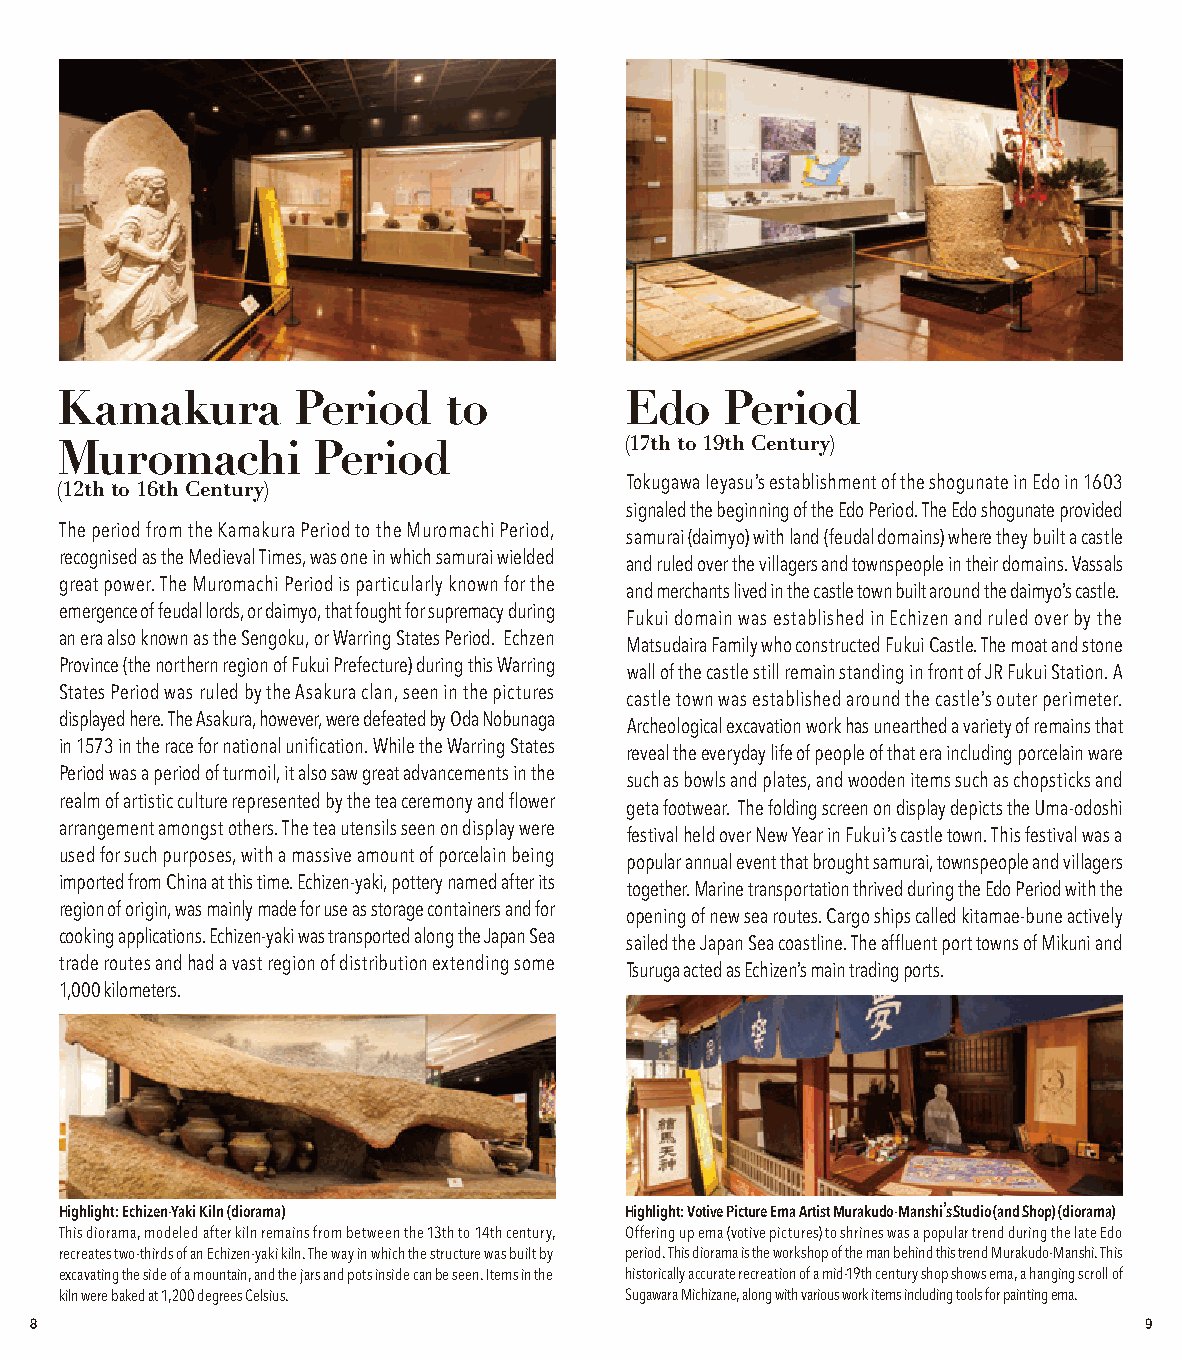
Kamakura        Period   to          Edo    Period
 Muromachi        Period              (17th to 19th Century)
 (12th to 16th Century)
 Tokugawa Ieyasu’s establishment of the shogunate in Edo in 1603
 signaled the beginning of the Edo Period. The Edo shogunate provided
 The period from the Kamakura Period to the Muromachi Period,
 samurai (daimyo) with land (feudal domains) where they built a castle
 recognised as the Medieval Times, was one in which samurai wielded
 and ruled over the villagers and townspeople in their domains. Vassals
 great power. The Muromachi Period is particularly known for the
 and merchants lived in the castle town built around the daimyo’s castle.
 emergence of feudal lords, or daimyo, that fought for supremacy during
 Fukui domain was established in Echizen and ruled over by the
 an era also known as the Sengoku, or Warring States Period. Echzen
 Matsudaira Family who constructed Fukui Castle. The moat and stone
 Province (the northern region of Fukui Prefecture) during this Warring
 wall of the castle still remain standing in front of JR Fukui Station. A
 States Period was ruled by the Asakura clan, seen in the pictures
 castle town was established around the castle’s outer perimeter.
 displayed here. The Asakura, however, were defeated by Oda Nobunaga
 Archeological excavation work has unearthed a variety of remains that
 in 1573 in the race for national unification. While the Warring States
 reveal the everyday life of people of that era including porcelain ware
 Period was a period of turmoil, it also saw great advancements in the
 such as bowls and plates, and wooden items such as chopsticks and
 realm of artistic culture represented by the tea ceremony and flower
 geta footwear. The folding screen on display depicts the Uma-odoshi
 arrangement amongst others. The tea utensils seen on display were
 festival held over New Year in Fukui’s castle town. This festival was a
 used for such purposes, with a massive amount of porcelain being
 popular annual event that brought samurai, townspeople and villagers
 imported from China at this time. Echizen-yaki, pottery named after its
 together. Marine transportation thrived during the Edo Period with the
 region of origin, was mainly made for use as storage containers and for
 opening of new sea routes. Cargo ships called kitamae-bune actively
 cooking applications. Echizen-yaki was transported along the Japan Sea
 sailed the Japan Sea coastline. The affluent port towns of Mikuni and
 trade routes and had a vast region of distribution extending some
 Tsuruga acted as Echizen’s main trading ports.
 1,000 kilometers.
 Highlight: Echizen-Yaki Kiln (diorama) Highlight: Votive Picture Ema Artist Murakudo-Manshi’s Studio (and Shop) (diorama)
 This diorama, modeled after kiln remains from between the 13th to 14th century, Offering up ema (votive pictures) to shrines was a popular trend during the late Edo
 recreates two-thirds of an Echizen-yaki kiln. The way in which the structure was built by period. This diorama is the workshop of the man behind this trend Murakudo-Manshi. This
 excavating the side of a mountain, and the jars and pots inside can be seen. Items in the historically accurate recreation of a mid-19th century shop shows ema, a hanging scroll of
 kiln were baked at 1,200 degrees Celsius. Sugawara Michizane, along with various work items including tools for painting ema.
 8                                                                         9